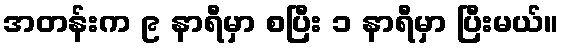
အတန်းက ၉ နာရီမှာ စပြီး ၁ နာရီမှာ ပြီးမယ်။